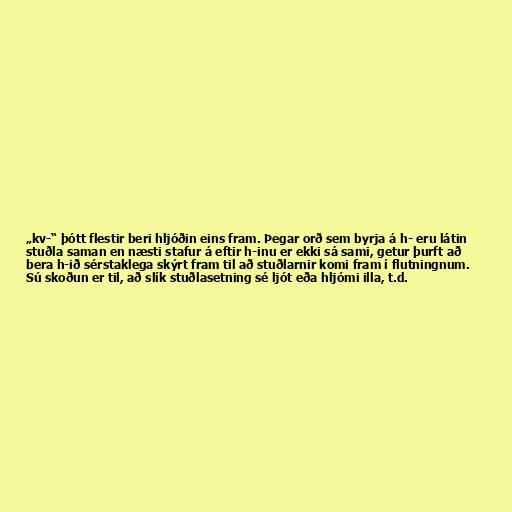
„kv-“ þótt flestir beri hljóðin eins fram. Þegar orð sem byrja á h- eru látin
stuðla saman en næsti stafur á eftir h-inu er ekki sá sami, getur þurft að
bera h-ið sérstaklega skýrt fram til að stuðlarnir komi fram í flutningnum.
Sú skoðun er til, að slík stuðlasetning sé ljót eða hljómi illa, t.d.